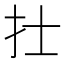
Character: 𢩿